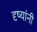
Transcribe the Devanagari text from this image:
दृष्यांनी